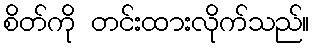
စိတ်ကို တင်းထားလိုက်သည်။